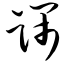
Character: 筛